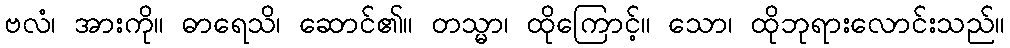
ဗလံ၊ အားကို။ ဓာရေသိ၊ ဆောင်၏။ တသ္မာ၊ ထိုကြောင့်။ သော၊ ထိုဘုရားလောင်းသည်။